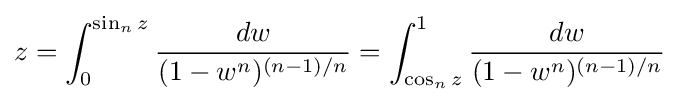
z=\int _{0}^{\sin _{n}z}{\frac {dw}{(1-w^{n})^{(n-1)/n}}}=\int _{\cos _{n}z}^{1}{\frac {dw}{(1-w^{n})^{(n-1)/n}}}